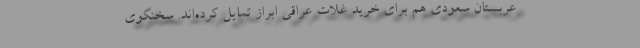
عربستان سعودی هم برای خرید غلات عراقی ابراز تمایل کرده‌اند. سخنگوی